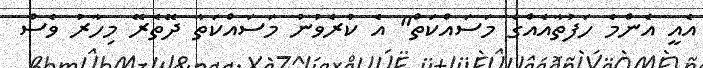
އެއީ އެންމެ ހަފުތާއެއްގެ މަސައްކަތް" އެ ކުރެވުނު މަސައްކަތާ ދޭތެރޭ މިހާރު ވެސް